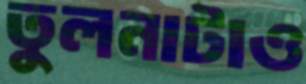
তুলনাটাও